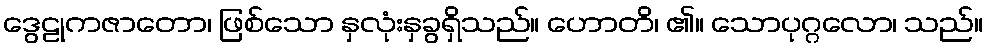
ဒွေဠုကဇာတော၊ ဖြစ်သော နှလုံးနှခွရှိသည်။ ဟောတိ၊ ၏။ သောပုဂ္ဂလော၊ သည်။